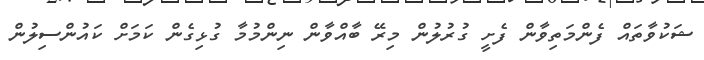
ޝަކުވާތައް ފެންމަތިވާން ފެށީ ގުރުލުން މިރޭ ބާއްވާން ނިންމުމާ ގުޅިގެން ކަމަށް ކައުންސިލުން